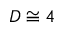
D \cong 4